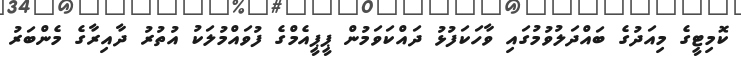
ކޮމިޓީގެ މިއަދުގެ ބައްދަލުވުމުގައި ވާހަކަފުޅު ދައްކަވަމުން ޕީޕީއެމްގެ ފުވައްމުލަކު އުތުރު ދާއިރާގެ މެންބަރު